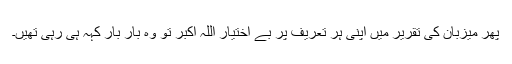
پھر میزبان کی تقریر میں اپنی ہر تعریف پر بے اختیار اللّہُ اکبر تو وہ بار بار کہہ ہی رہی تھیں۔